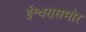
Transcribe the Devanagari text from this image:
ईश्वरासमोर